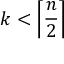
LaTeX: k < \left\lceil { \frac { n } { 2 } } \right\rceil